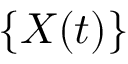
\{ X ( t ) \}